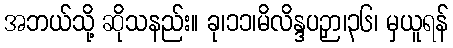
အဘယ်သို့ ဆိုသနည်း။ ခု၊၁၁၊မိလိန္ဒပဉှာ၊၃၆၊ မှယူရန်